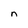
Character: n